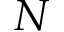
N